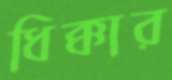
ধিক্‌কার